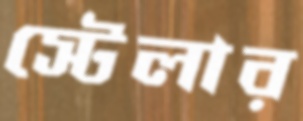
স্টেলার